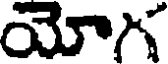
యోగ